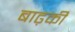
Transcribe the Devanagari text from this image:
बाढ़की